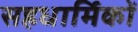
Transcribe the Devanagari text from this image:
सहधार्मिकों